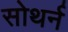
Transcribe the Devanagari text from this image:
सोथर्न